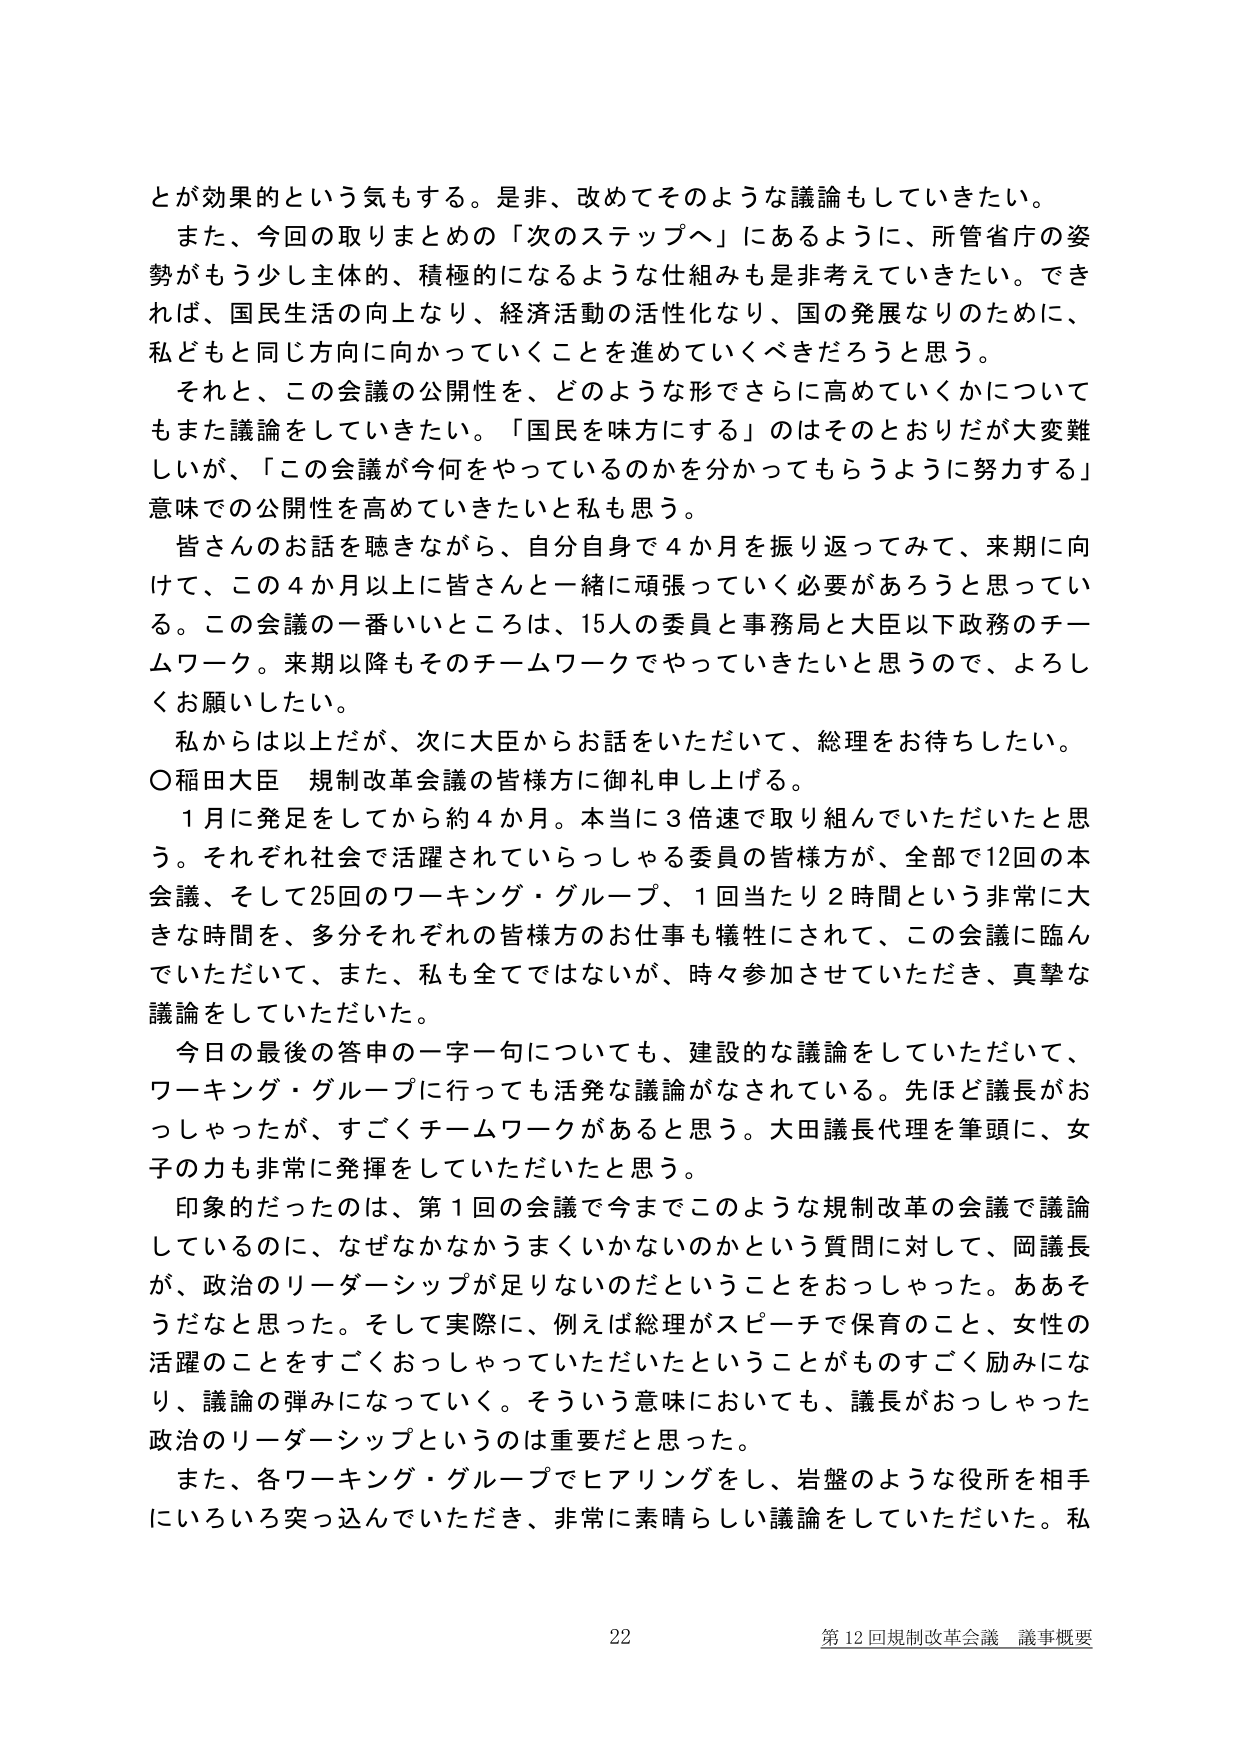
とが効果的という気もする。是非、改めてそのような議論もしていきたい。
また、今回の取りまとめの「次のステップへ」にあるように、所管省庁の姿勢がもう少し主体的、積極的になるような仕組みも是非考えていただきたい。できれば、国民生活の向上なり、経済活動の活性化なり、国の発展なりのために、私どもと同じ方向に向かっていくことを進めていくべきだろうと思う。
それと、この会議の公開性を、どのような形でさらに高めていくかについてもまた議論をしていきたい。「国民を味方にする」のはそのとおりだが大変難しいが、「この会議が今何をやっているのかを分かってもらうように努力する」意味での公開性を高めていきたいと私も思う。
皆さんのお話を聴きながら、自分自身で4か月を振り返ってみて、来期に向けて、この4か月以上に皆さんと一緒に頑張っていく必要があろうと思っている。この会議の一番いいところは、15人の委員と事務局と大臣以下政務のチームワーク。来期以降もそのチームワークでやっていきたいと思うので、よろしくお願いしたい。
私からは以上だが、次に大臣からお話をお願いいただいて、総理をお待ちしたい。
○稲田大臣 規制改革会議の皆様方に御礼申し上げる。
1月に発足をしてから約4か月。本当に3倍速で取り組んでいただいたと思う。それぞれ社会で活躍されていらっしゃる委員の皆様方が、全部で12回の本会議、そして25回のワーキング・グループ、1回当たり2時間という非常に大きな時間を、多分それぞれの皆様方のお仕事も犠牲にされて、この会議に臨んでいただいて、また、私も全てではないが、時々参加させていただき、真摯な議論をしていただいた。
今日の最後の答申の一字一句についても、建設的な議論をしていただいて、ワーキング・グループに行っても活発な議論がなされている。先ほど議長がおっしゃったが、すごくチームワークがあると思う。大田議長代理を筆頭に、女子の力も非常に発揮をしていただいたと思う。
印象的だったのは、第1回の会議で今までこのような規制改革の会議で議論しているのに、なぜなかなかうまくいかないのかという質問に対して、岡議長が、政治のリーダーシップが足りないのだということをおっしゃった。ああそうだなと思った。そして実際に、例えば総理がスピーチで保育のこと、女性の活躍のことをすごくおっしゃっていただいたということがものすごく励みになり、議論の弾みになっていく。そういう意味においても、議長がおっしゃった政治のリーダーシップというのは重要だと思った。
また、各ワーキング・グループでヒアリングをし、岩盤のような役所を相手にいろいろ突っ込んでいただき、非常に素晴らしい議論をしていただいた。私

22
第12回規制改革会議 議事概要